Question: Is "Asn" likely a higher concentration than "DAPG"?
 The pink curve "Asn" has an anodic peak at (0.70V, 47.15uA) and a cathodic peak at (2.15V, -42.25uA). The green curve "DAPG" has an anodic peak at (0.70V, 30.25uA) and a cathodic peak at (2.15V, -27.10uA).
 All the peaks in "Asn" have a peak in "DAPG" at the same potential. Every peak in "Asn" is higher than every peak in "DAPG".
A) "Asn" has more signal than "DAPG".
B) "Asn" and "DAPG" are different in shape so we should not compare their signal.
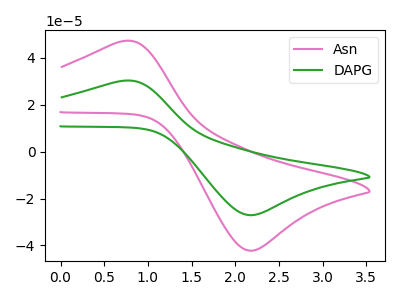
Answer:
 <answer>A) "Asn" has more signal than "DAPG".</answer>
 <eval>A</eval>